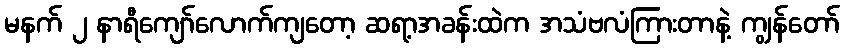
မနက် ၂ နာရီကျော်လောက်ကျတော့ ဆရာ့အခန်းထဲက အသံဗလံကြားတာနဲ့ ကျွန်တော်